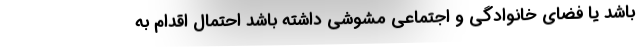
باشد یا فضای خانوادگی و اجتماعی مشوشی داشته باشد احتمال اقدام به